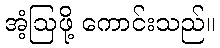
အံ့ဩဖို့ ကောင်းသည်။